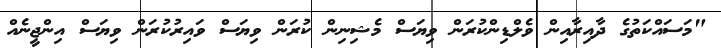
"މަސައްކަތުގެ ދާއިރާއިން ވެލްޑިންކުރަން ވިޔަސް މެޝިނިން ކުރަން ވިޔަސް ވައިރުކުރަން ވިޔަސް އިންޖީނެއް